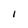
Character: I